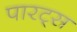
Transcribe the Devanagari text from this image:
पारट्स